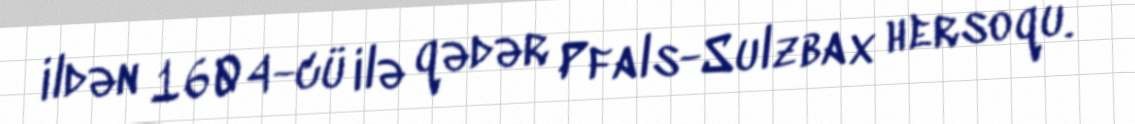
ildən 1604-cü ilə qədər Pfals-Sulzbax hersoqu.